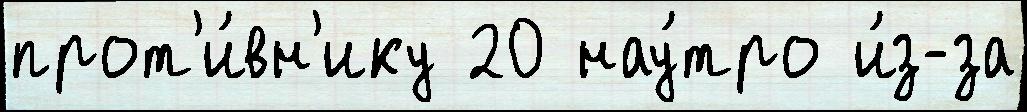
прот'и́вн'ику 20 нау́тро и́з-за